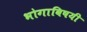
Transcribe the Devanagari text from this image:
भोगाविषयी